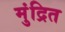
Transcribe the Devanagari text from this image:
मुंद्रित